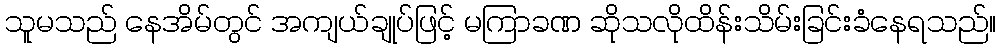
သူမသည် နေအိမ်တွင် အကျယ်ချုပ်ဖြင့် မကြာခဏ ဆိုသလိုထိန်းသိမ်းခြင်းခံနေရသည်။